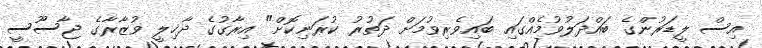
އިސް ލީޑަރުންގެ ބައްދަލުވުމެއްގައި ބައިވެރިވުމަށް ދަތުރު ކުރަނިކޮށް" އިރާގުގެ ދާޚިލީ ވުޒާރާގެ ޖާސޫސީ